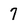
Character: 7